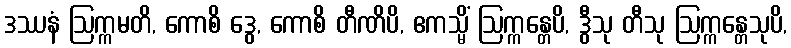
ဒဿနံ ဩက္ကမတိ, ကောစိ ဒွေ, ကောစိ တီဏိပိ, ဧကသ္မိံ ဩက္ကန္တေပိ, ဒွီသု တီသု ဩက္ကန္တေသုပိ,